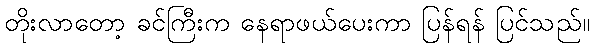
တိုးလာတော့ ခင်ကြီးက နေရာဖယ်ပေးကာ ပြန်ရန် ပြင်သည်။